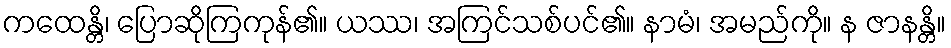
ကထေန္တိ၊ ပြောဆိုကြကုန်၏။ ယဿ၊ အကြင်သစ်ပင်၏။ နာမံ၊ အမည်ကို။ န ဇာနန္တိ။